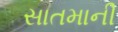
સાતમાની